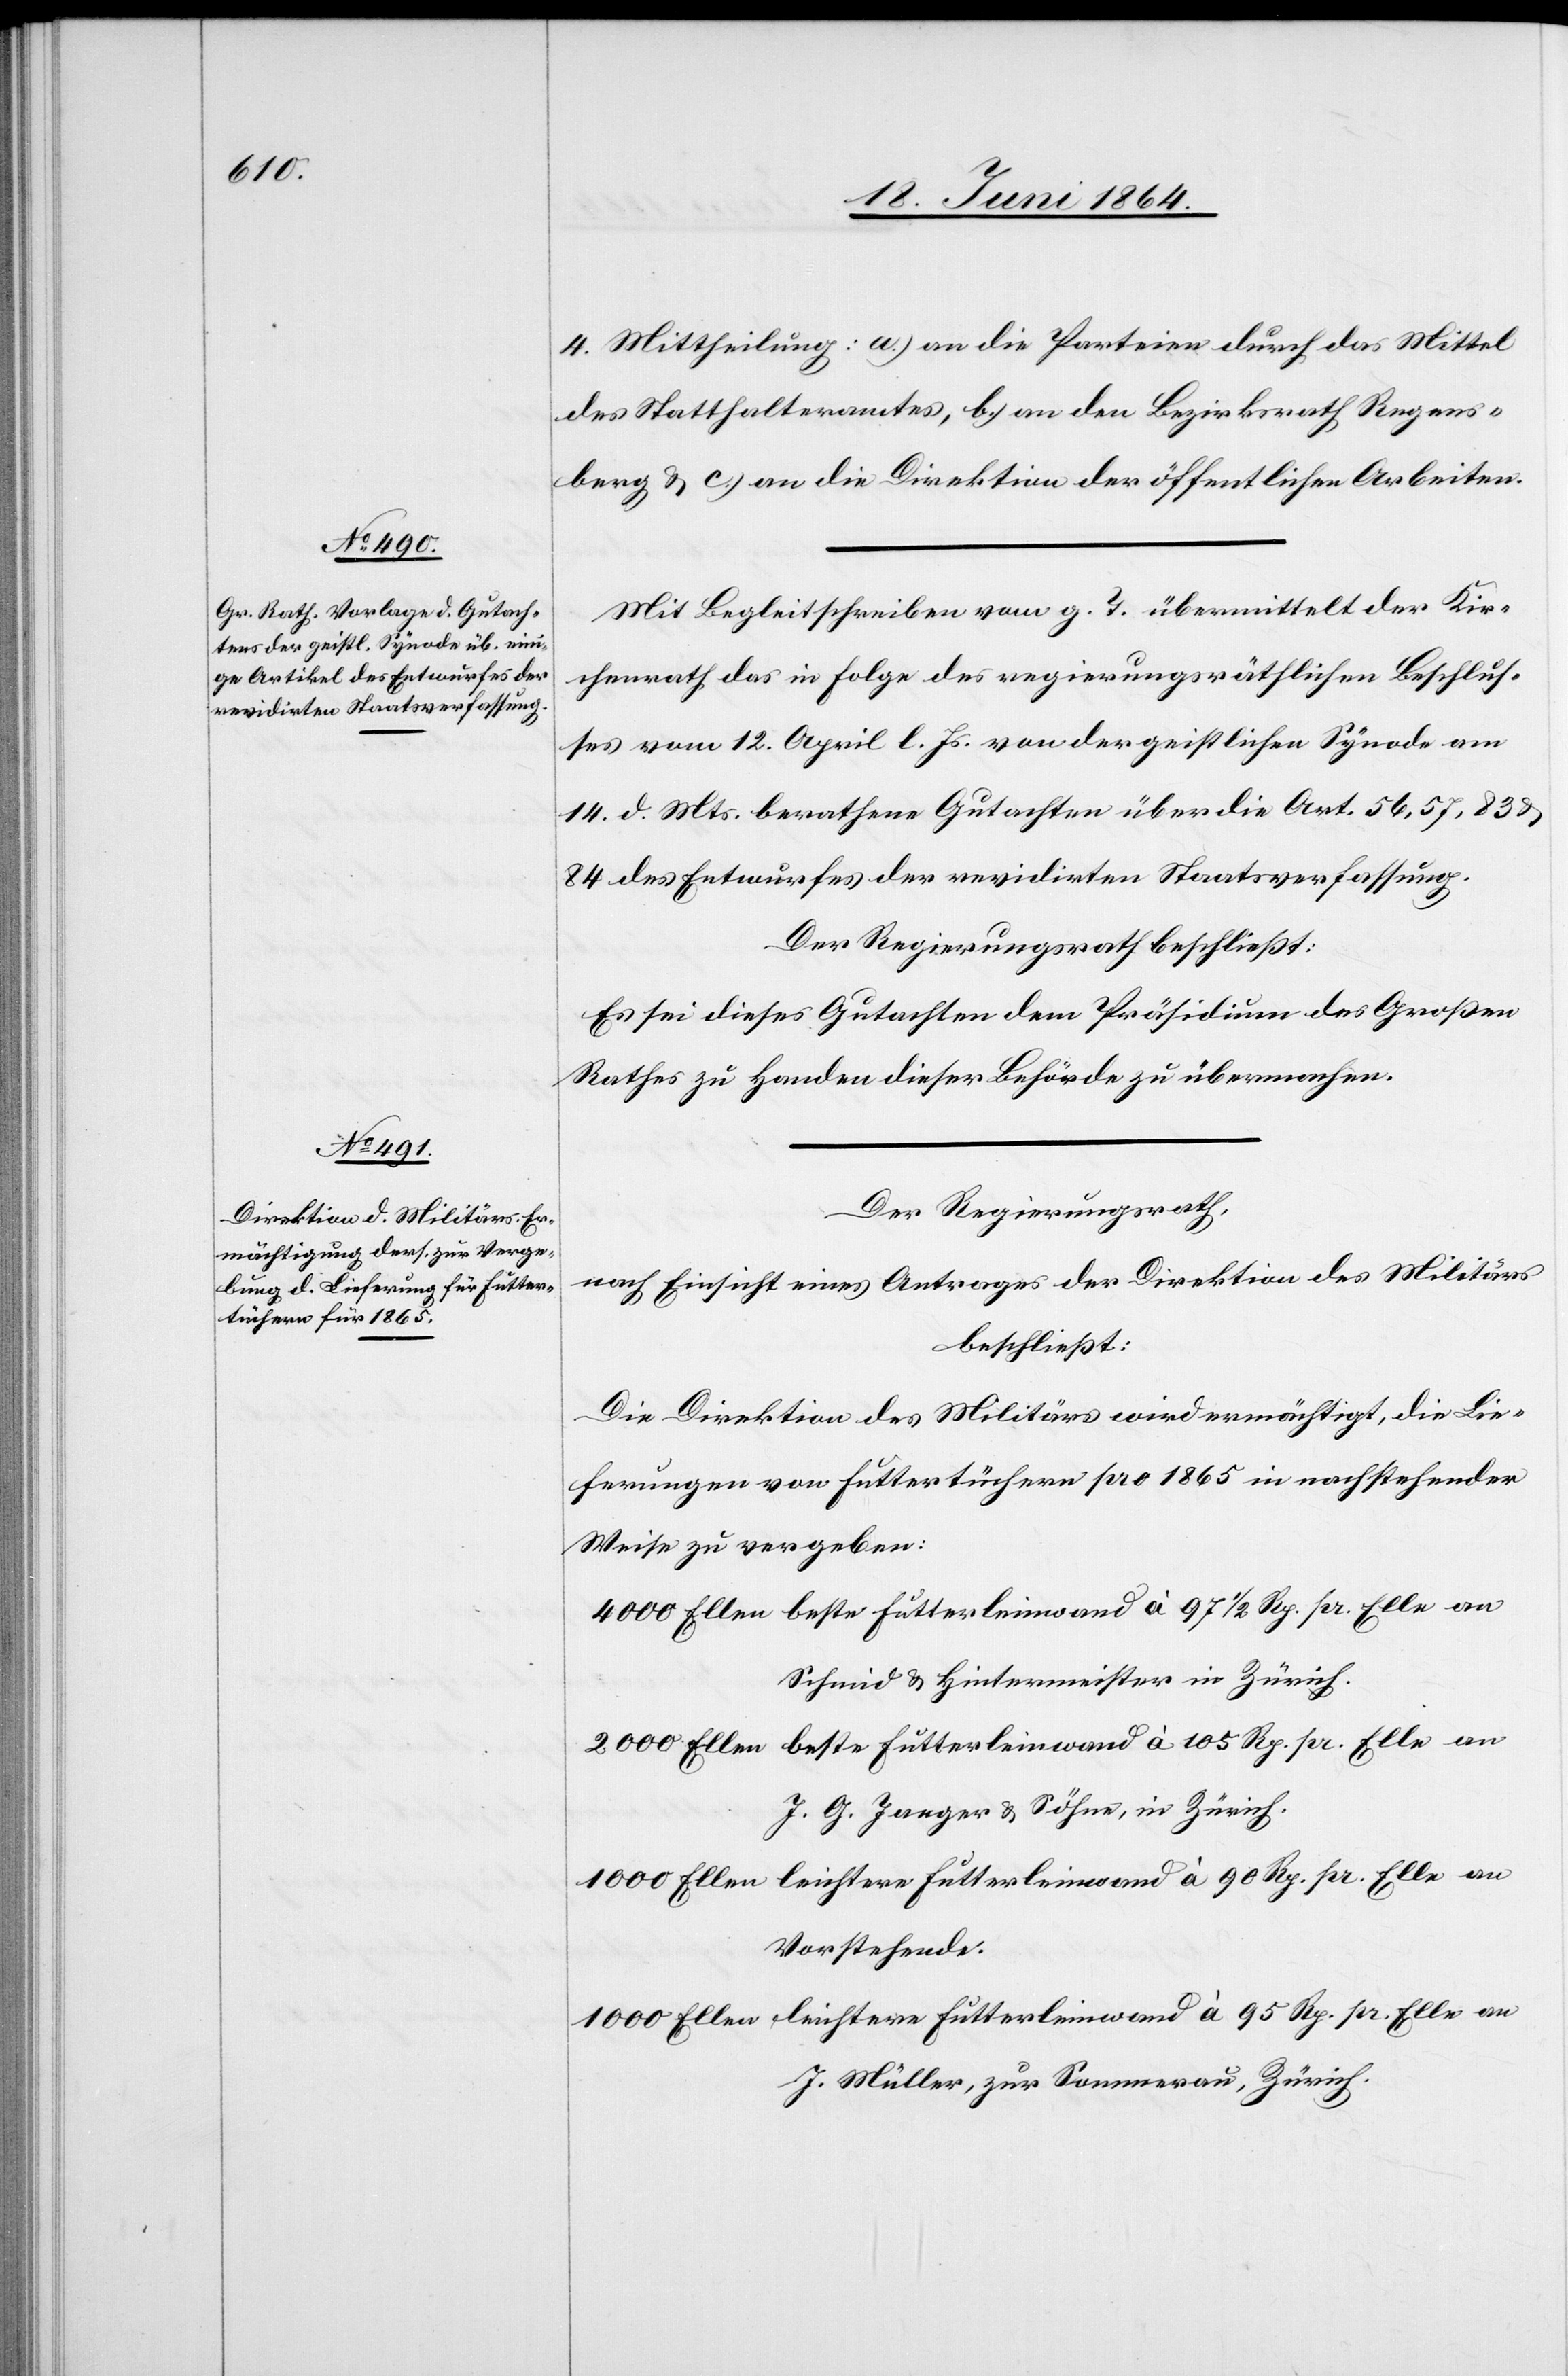
4. Mittheilung: a.) an die Parteien durch das Mittel
des Statthalteramtes, b.) an den Bezirksrath Regens¬
berg u. c.) an die Direktion der öffentlichen Arbeiten.
Mit Begleitschreiben vom g. T. übermittelt der Kir¬
chenrath das in Folge des regierungsräthlichen Beschlus¬
ses vom 12. April l. Js. von der geistlichen Synode am
14. d. Mts. berathene Gutachten über die Art. 56, 57, 83
84. des Entwurfes der revidirten Staatsverfassung.
Der Regierungsrath beschließt:
Es sei dieses Gutachten dem Präsidium des Großen
Rathes zu Handen dieser Behörde zu übermachen.
Der Regierungsrath,
nach Einsicht eines Antrages der Direktion des Militärs
beschließt:
Die Direktion des Militärs wird ermächtigt, die Lie¬
ferungen von Futtertüchern pro 1865 in nachstehender
Weise zu vergeben:
4000 Ellen beste Futterleinwand à 97 1/2 Rp. pr. Elle an
Schmid u. Hintermeister in Zürich.
2000 Ellen beste Futterleinwand à 105 Rp. pr. Elle an
J. G. Jaeger u. Söhne, in Zürich.
1000 Ellen leichtere Futterleinwand à 90 Rp. pr. Elle an
Vorstehende.
1000 Ellen leichtere Futterleinwand à 95 Rp. pr. Elle an
J. Müller, zur Sommerau, Zürich.